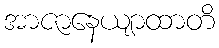
အာဇာနေယျာထာတိ